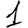
Digit: 1